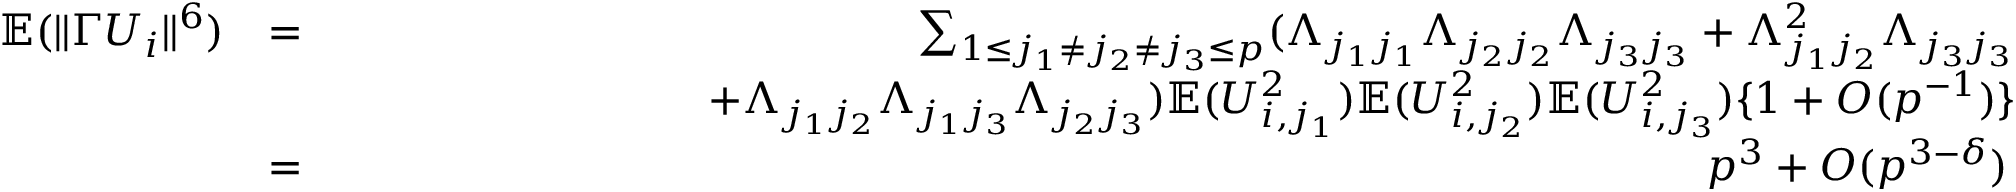
\begin{array} { r l r } { { \mathbb { E } } ( \| \Gamma U _ { i } \| ^ { 6 } ) } & { = } & { \sum _ { 1 \leq j _ { 1 } \neq j _ { 2 } \neq j _ { 3 } \leq p } ( \Lambda _ { j _ { 1 } j _ { 1 } } \Lambda _ { j _ { 2 } j _ { 2 } } \Lambda _ { j _ { 3 } j _ { 3 } } + \Lambda _ { j _ { 1 } j _ { 2 } } ^ { 2 } \Lambda _ { j _ { 3 } j _ { 3 } } } \\ & { } & { ~ ~ ~ ~ ~ ~ ~ ~ ~ ~ ~ ~ ~ ~ ~ ~ ~ ~ ~ ~ ~ ~ ~ ~ ~ + \Lambda _ { j _ { 1 } j _ { 2 } } \Lambda _ { j _ { 1 } j _ { 3 } } \Lambda _ { j _ { 2 } j _ { 3 } } ) { \mathbb { E } } ( U _ { i , j _ { 1 } } ^ { 2 } ) { \mathbb { E } } ( U _ { i , j _ { 2 } } ^ { 2 } ) { \mathbb { E } } ( U _ { i , j _ { 3 } } ^ { 2 } ) \{ 1 + O ( p ^ { - 1 } ) \} } \\ & { = } & { p ^ { 3 } + O ( p ^ { 3 - \delta } ) \, } \end{array}